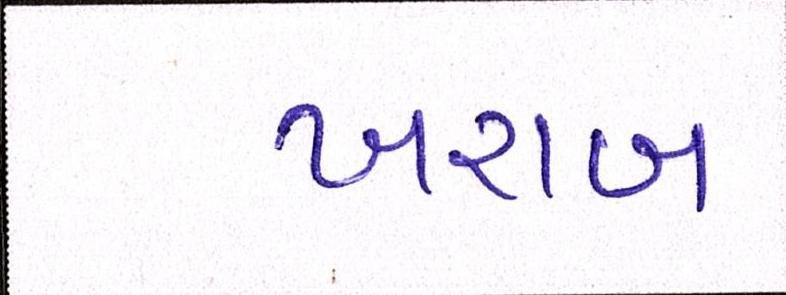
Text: ખરાબ